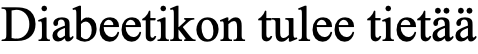
Diabeetikon tulee tietää